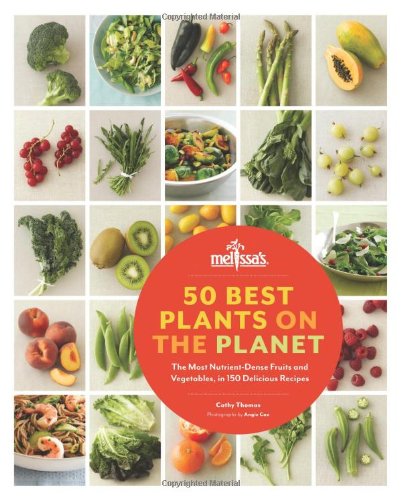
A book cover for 50 Best Plants on the Planet: The Most Nutrient-Dense Fruits and Vegetables, in 150 Delicious Recipes; Cathy Thomas; Cookbooks, Food & Wine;